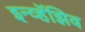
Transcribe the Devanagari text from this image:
इन्व्हॅझिव